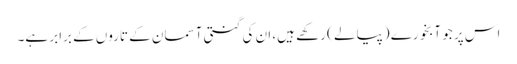
اس پر جو آبخورے (پیالے ) رکھے ہیں، ان کی گنتی آسمان کے تاروں کے برابر ہے۔